Report on vaccination in Madras 1904-1921 - 1904-1921
Year: 1904
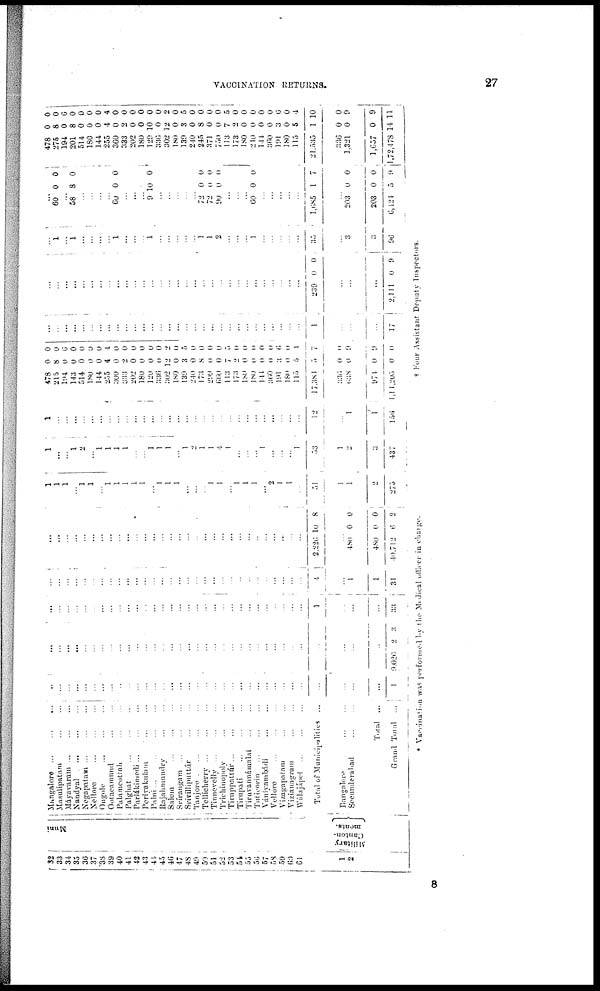
VACCINATION RETURNS.
27
32
33
34
35
36
37
38
39
40
41
42
43
44
45
46
47
48
49
50
51
52 53
54
55
56 57
58
59
60
61
1
2
Muni
Military
Canton¬
ments.
Mangalore
...
...
...
Masulipatam
...
...
Máyavarum
...
...
...
Nandyal
...
...
...
Negapatam
...
...
...
Nellore
...
...
...
Ongole ... ... ...
Ootacamand ... ...
Palamcottah
...
...
Palghat
...
...
...
Parlákimedi
...
...
...
Periyakulam
...
...
Palni
...
...
...
Rajahmundry
...
...
Salem ... ... ...
Srírangam ... ... ...
Srívilliputtúr ... ...
Tanjore ... ... ...
Tellicherry
...
...
...
Tinnevelly...
...
...
Trichinopoly ... ...
Tiruppattúr
...
...
...
Tirupati
...
...
...
Tiruvannámalai
...
...
Tuticorin ... ... ...
Vániyambádi ... ...
Vellore ... ... ...
Vizagapatam ... ...
Vizianagram ... ...
Wálajápet
...
...
...
Total of Municipalities ...
Bangalore
...
...
Secunderabad
...
...
Total ...
Grand Total ...
...
...
...
...
...
...
...
...
...
...
...
...
...
...
...
...
...
...
...
...
...
...
...
...
...
...
...
...
...
...
...
...
...
...
1
...
...
...
...
...
...
...
...
...
...
...
...
...
...
...
...
...
...
...
...
...
...
...
...
...
...
...
...
...
...
...
...
...
...
9,026 2
3
...
...
...
...
...
...
...
...
...
...
...
...
...
...
...
...
...
...
...
...
...
...
...
...
...
...
...
...
...
...
1
...
...
...
33
...
...
...
...
...
...
...
...
...
...
...
...
...
...
...
...
...
...
...
...
...
...
...
...
...
...
...
...
...
...
4
...
1
1
31
...
...
...
...
...
...
...
...
...
...
...
...
...
...
...
...
...
...
...
...
...
...
...
...
...
...
...
...
...
...
2,226 10 8
...
480
480
40,712
0
0
6
0
0
2
1
1
1
...
1
1
...
1
1
1
1
1
...
1
1
1
...
...
...
1
1
...
1
1
1
...
2
1
1
...
51
1
1
2
275
1
...
...
1
2
...
1
1
1
1
...
...
1
1
1
...
1
2
1
1
4
1
...
...
...
1
...
...
... 1
53
1
2
3
437
1
...
...
...
...
...
...
...
...
...
...
...
...
...
...
...
...
...
...
...
...
...
...
...
...
...
...
...
...
...
12
...
1
1
156
478
215
194
143
514
180
144
255
300
333
202
180
120
336
302
180
139
240
173
299
660
113
173
180
180
144
360 191
180
115
17,381
336
638
974
1,11,205
0
8
0
0
0
0
0
4
0
2
0
0
0
0
12
0
3
0
8
0
0
7
2
0
0
0
0
3
0
5
5
0
0
0
0
0
0
6
0
0
0
0
4
0
0
0
0
0
0
2
0
5
0
0
0
0
5
0
0
0
0
0
6
0
4
7
0
9
9
0
...
...
...
...
...
...
...
...
...
...
...
...
...
...
...
...
...
...
...
...
...
...
...
...
...
...
...
...
...
...
1
...
...
...
17
...
...
...
...
...
...
...
...
...
...
...
...
...
...
...
...
...
...
...
...
...
...
...
...
...
...
...
...
...
239 0 0
...
...
...
2,111 0 9
...
1
...
1
...
...
...
...
1
...
...
...
1
...
...
...
...
...
1
1
2
...
...
...
1
...
...
...
...
...
35
...
3
3
96
...
60 0 0
...
58 8 0
...
...
...
...
60 0 0
...
...
...
9 10 0
...
...
...
...
...
72
72
90
0
0
0
0
0
0
...
...
...
60 0 0
...
...
...
...
...
1,685 1 7
...
203
203
6,124
0
0
5
0
0
9
478
275
194
201
514
180
144
255
360
333
202
180
129
336
302
180
139
240
245
371
750
113
173
180
210
144
360
191
180
115
21,535
336
1,321
1,657
1,72,478
0
8
0
8
0
0
0
4
0
2
0
0
10
0
12
0
3
0
8
0
0
7
2
0
0
0
0
3
0
5
1
0
0
0
14
0
0
6
0
0
0
0
4
0
0
0
0
0
0
2
0
5
0
0
0
0
5
0
0
0
0
0
6
0
4
10
0
9
9
11
* Vaccination was performed by the Midical officer in charge.
† Four Assistant Deputy Inspectors.
8